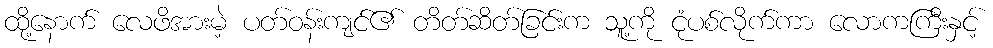
ထို့နောက် လေဖိအားမဲ့ ပတ်ဝန်းကျင်၏ တိတ်ဆိတ်ခြင်းက သူ့ကို ငုံပစ်လိုက်ကာ လောကကြီးနှင့်